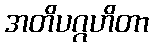
အတိပဂ္ဂဟိတာ